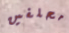
محلفين